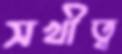
সখীত্ব